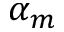
\alpha _ { m }